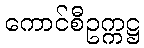
ကောင်စီဥက္ကဋ္ဌ